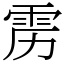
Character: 雳